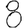
Digit: 8